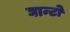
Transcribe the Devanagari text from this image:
घान्टो